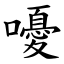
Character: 嚘